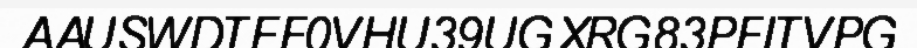
AAUSWDTEF0VHU39UGXRG83PFITVPG